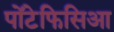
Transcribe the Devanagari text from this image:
पोंटेफिसिआ